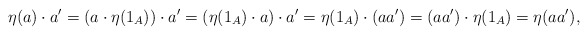
\begin{gather*} \eta(a) \cdot a' = (a \cdot \eta(1_A)) \cdot a' = (\eta(1_A) \cdot a) \cdot a' = \eta(1_A) \cdot (aa') = (aa') \cdot \eta(1_A) = \eta(aa'), \end{gather*}